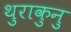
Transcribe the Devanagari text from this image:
थुराकुनु